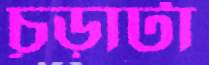
চূড়াটা